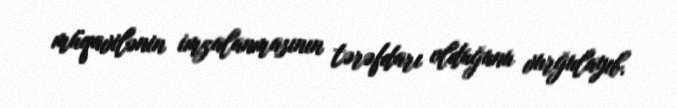
müqavilənin imzalanmasının tərəfdarı olduğunu vurğulayıb.